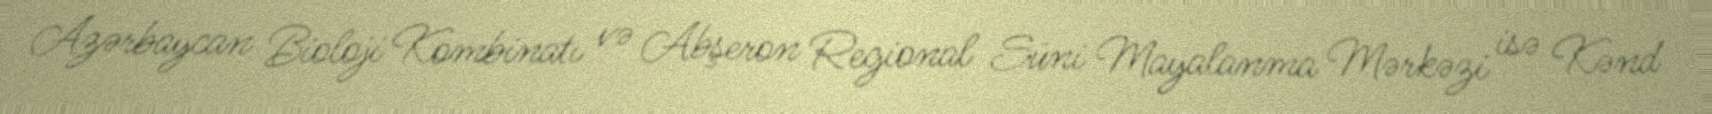
Azərbaycan Bioloji Kombinatı və Abşeron Regional Süni Mayalanma Mərkəzi isə Kənd